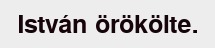
István örökölte.